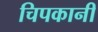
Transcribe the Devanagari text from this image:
चिपकानी